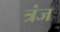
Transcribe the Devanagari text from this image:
त्रंज